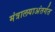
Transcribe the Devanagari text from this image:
मंत्रालयाअंतर्गत